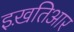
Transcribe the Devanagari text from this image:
इख़तिआर